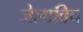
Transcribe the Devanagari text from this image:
जेलाविच